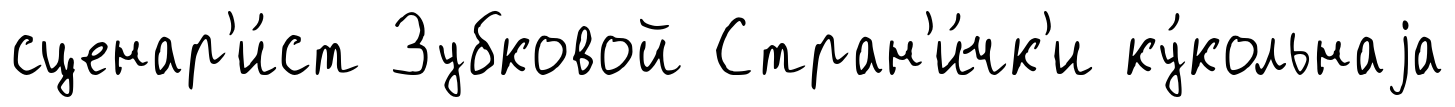
сценар'и́ст Зубковой Стран'и́чк'и ку́кольнаjа